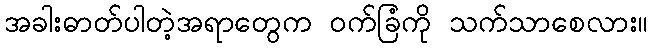
အခါးဓာတ်ပါတဲ့အရာတွေက ဝက်ခြံကို သက်သာစေလား။